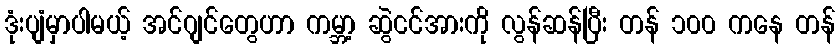
ဒုံးပျံမှာပါမယ့် အင်ဂျင်တွေဟာ ကမ္ဘာ့ ဆွဲငင်အားကို လွန်ဆန်ပြီး တန် ၁၀၀ ကနေ တန်